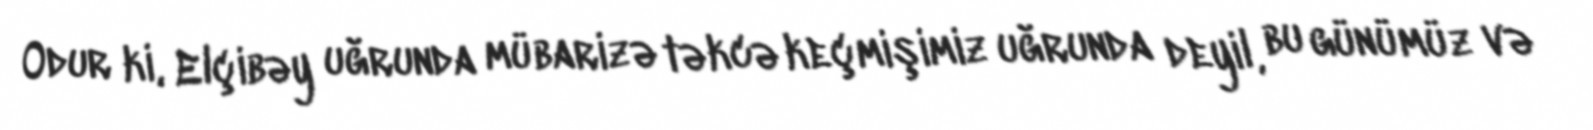
Odur ki, Elçibəy uğrunda mübarizə təkcə keçmişimiz uğrunda deyil, bu günümüz və